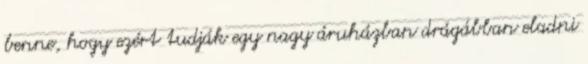
benne, hogy ezért tudják egy nagy áruházban drágábban eladni